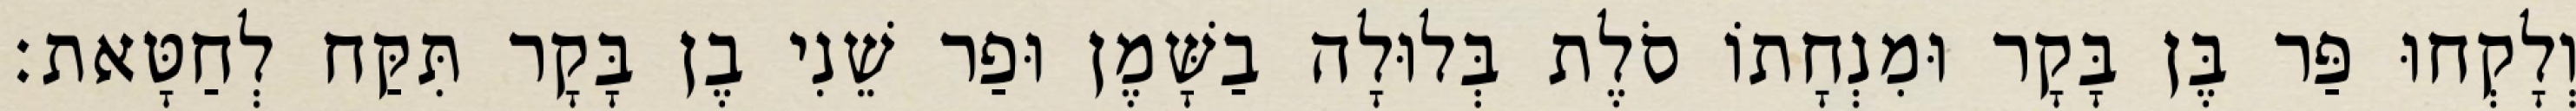
וְלָקְחוּ פַּר בֶּן בָּקָר וּמִנְחָתוֹ סֹלֶת בְּלוּלָה בַשָּׁמֶן וּפַר שֵׁנִי בֶן בָּקָר תִּקַּח לְחַטָּאת׃